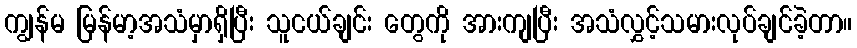
ကျွန်မ မြန်မာ့အသံမှာရှိပြီး သူငယ်ချင်း တွေကို အားကျပြီး အသံလွှင့်သမားလုပ်ချင်ခဲ့တာ။